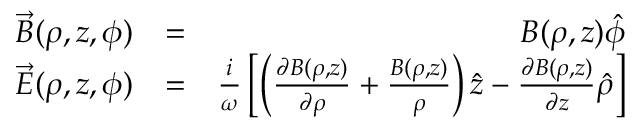
\begin{array} { r l r } { \vec { B } ( \rho , z , \phi ) } & { = } & { B ( \rho , z ) \hat { \phi } } \\ { \vec { E } ( \rho , z , \phi ) } & { = } & { { \frac { i } { \omega } } \left[ \left( { \frac { \partial B ( \rho , z ) } { \partial \rho } } + { \frac { B ( \rho , z ) } { \rho } } \right) \hat { z } - { \frac { \partial B ( \rho , z ) } { \partial z } } \hat { \rho } \right] } \end{array}